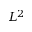
L ^ { 2 }